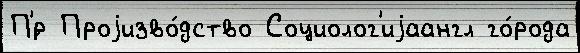
П'́р Проjизво́дство Социолог'иjаангл го́рода